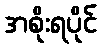
အစိုးရပိုင်